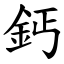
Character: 鈣